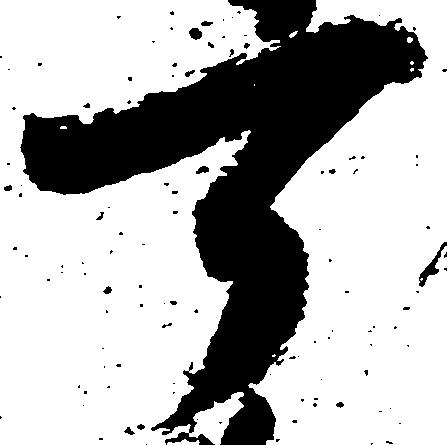
可